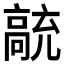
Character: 𲌗